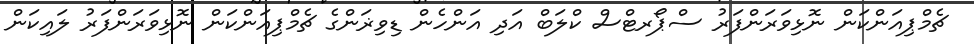
ޗެމްޕިއަންކަން ނޮޅިވަރަންފަރު ސްޕޯރޓްސް ކްލަބް އަދި އަންހެން ޑިވިޜަންގެ ޗެމްޕިއަންކަން ނޮޅިވަރަންފަރު ލައިކަން